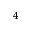
_ 4